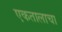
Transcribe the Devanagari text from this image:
एकतालाचा